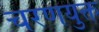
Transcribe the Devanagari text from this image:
चरणयुक्त